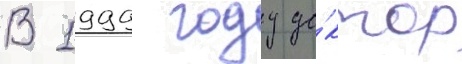
В 1999 году до́ктор